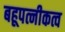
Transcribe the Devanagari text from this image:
बहूपत्नीकत्व